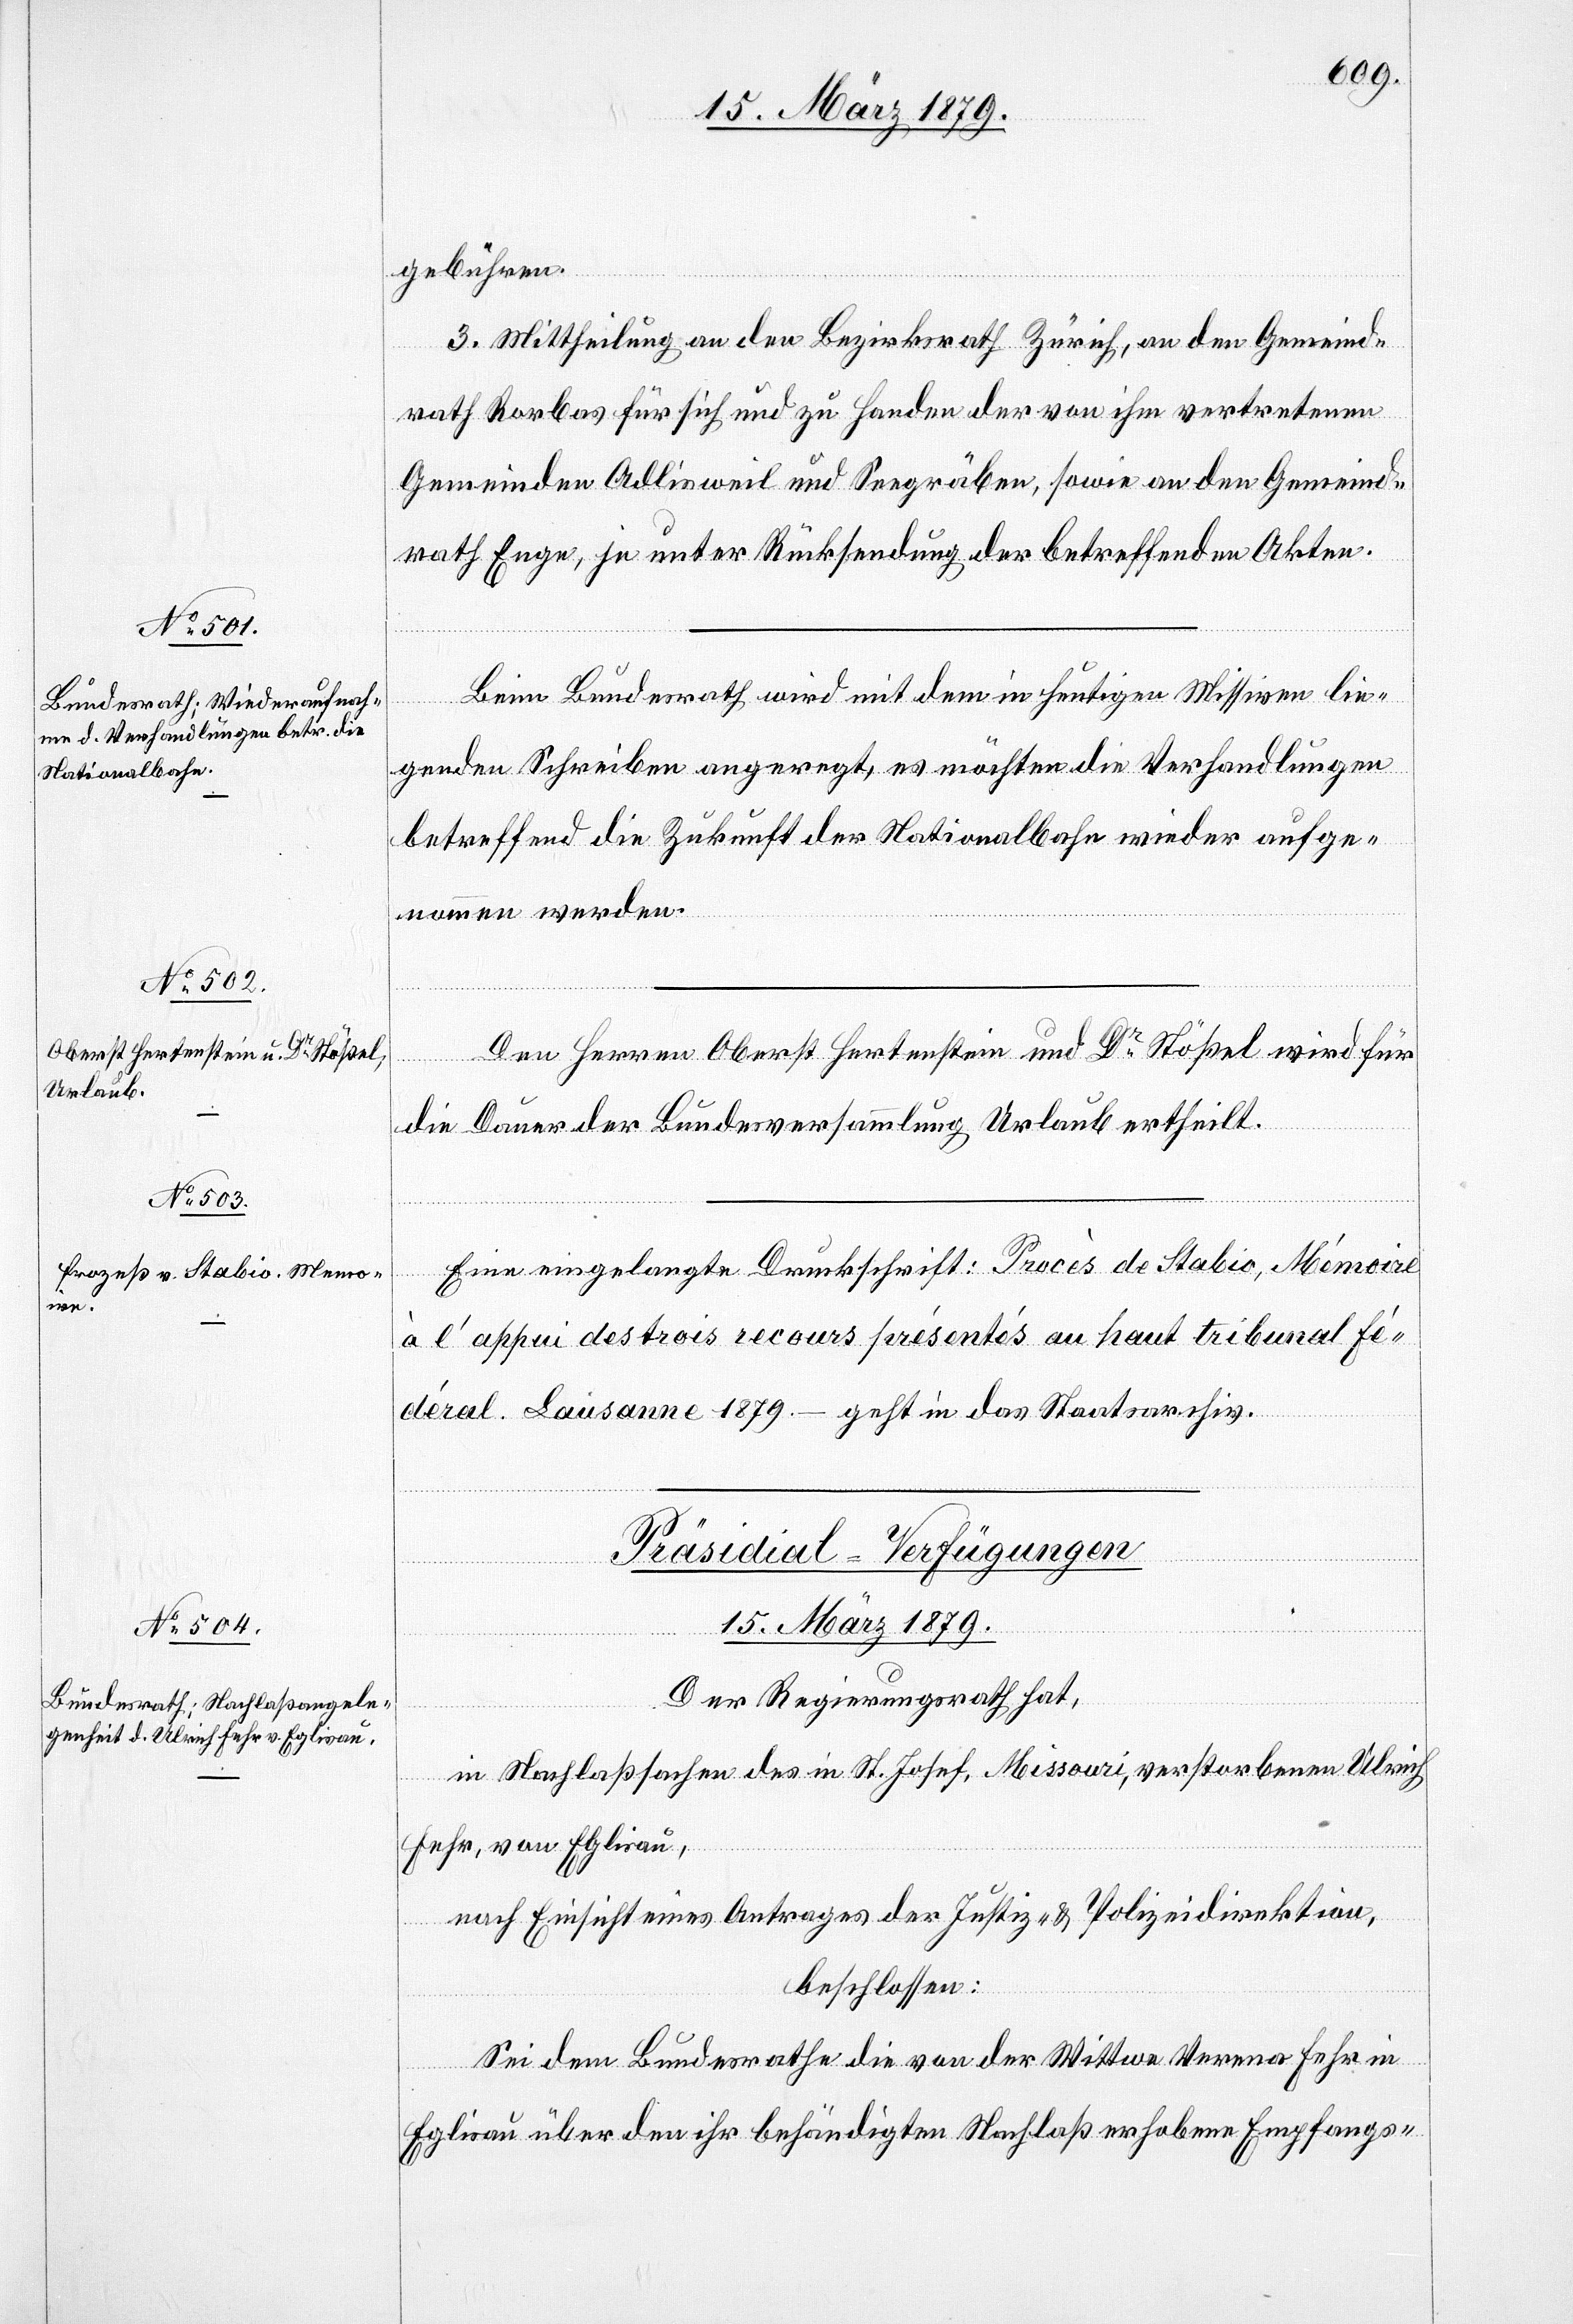
15. März 1879.
gebühren.
3. Mittheilung an den Bezirksrath Zürich, an den Gemeind¬
rath Rorbas für sich und zu Handen der von ihm vertretenen
Gemeinden Adlisweil und Seegräben, sowie an den Gemeind¬
rath Enge, je unter Rücksendung der betreffenden Akten.
Beim Bundesrath wird mit dem in heutigen Missiven lie¬
genden Schreiben angeregt, es möchten die Verhandlungen
betreffend die Zukunft der Nationalbahn wieder aufge¬
nommen werden.
Den Herren Oberst Hertenstein und Dr Stößel wird für
die Dauer der Bundesversammlung Urlaub ertheilt.
Eine eingelangte Druckschrift: Procès de Stabio, Mémoire
à l’appui des trois recours présentés au haut tribunal fé¬
déral. Lausanne 1879. – geht in das Staatsarchiv.
Präsidial-Verfügungen
Der Regierungsrath hat,
in Nachlaßsachen des in St. Josef, Missouri, verstorbenen Ulrich
Fehr, von Eglisau,
nach Einsicht eines Antrages der Justiz- & Polizeidirektion,
beschlossen:
Sei dem Bundesrathe die von der Wittwe Verena Fehr in
Eglisau über den ihr behändigten Nachlaß erhobene Empfangs-